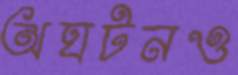
অঘটনও